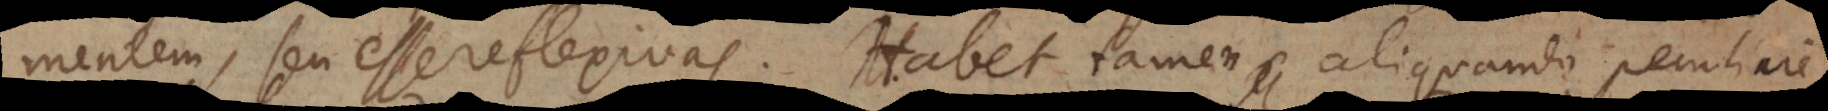
mentem, seu esse reflexivas. Habet tamen aliquando peculiarem